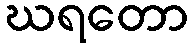
ဃရတော